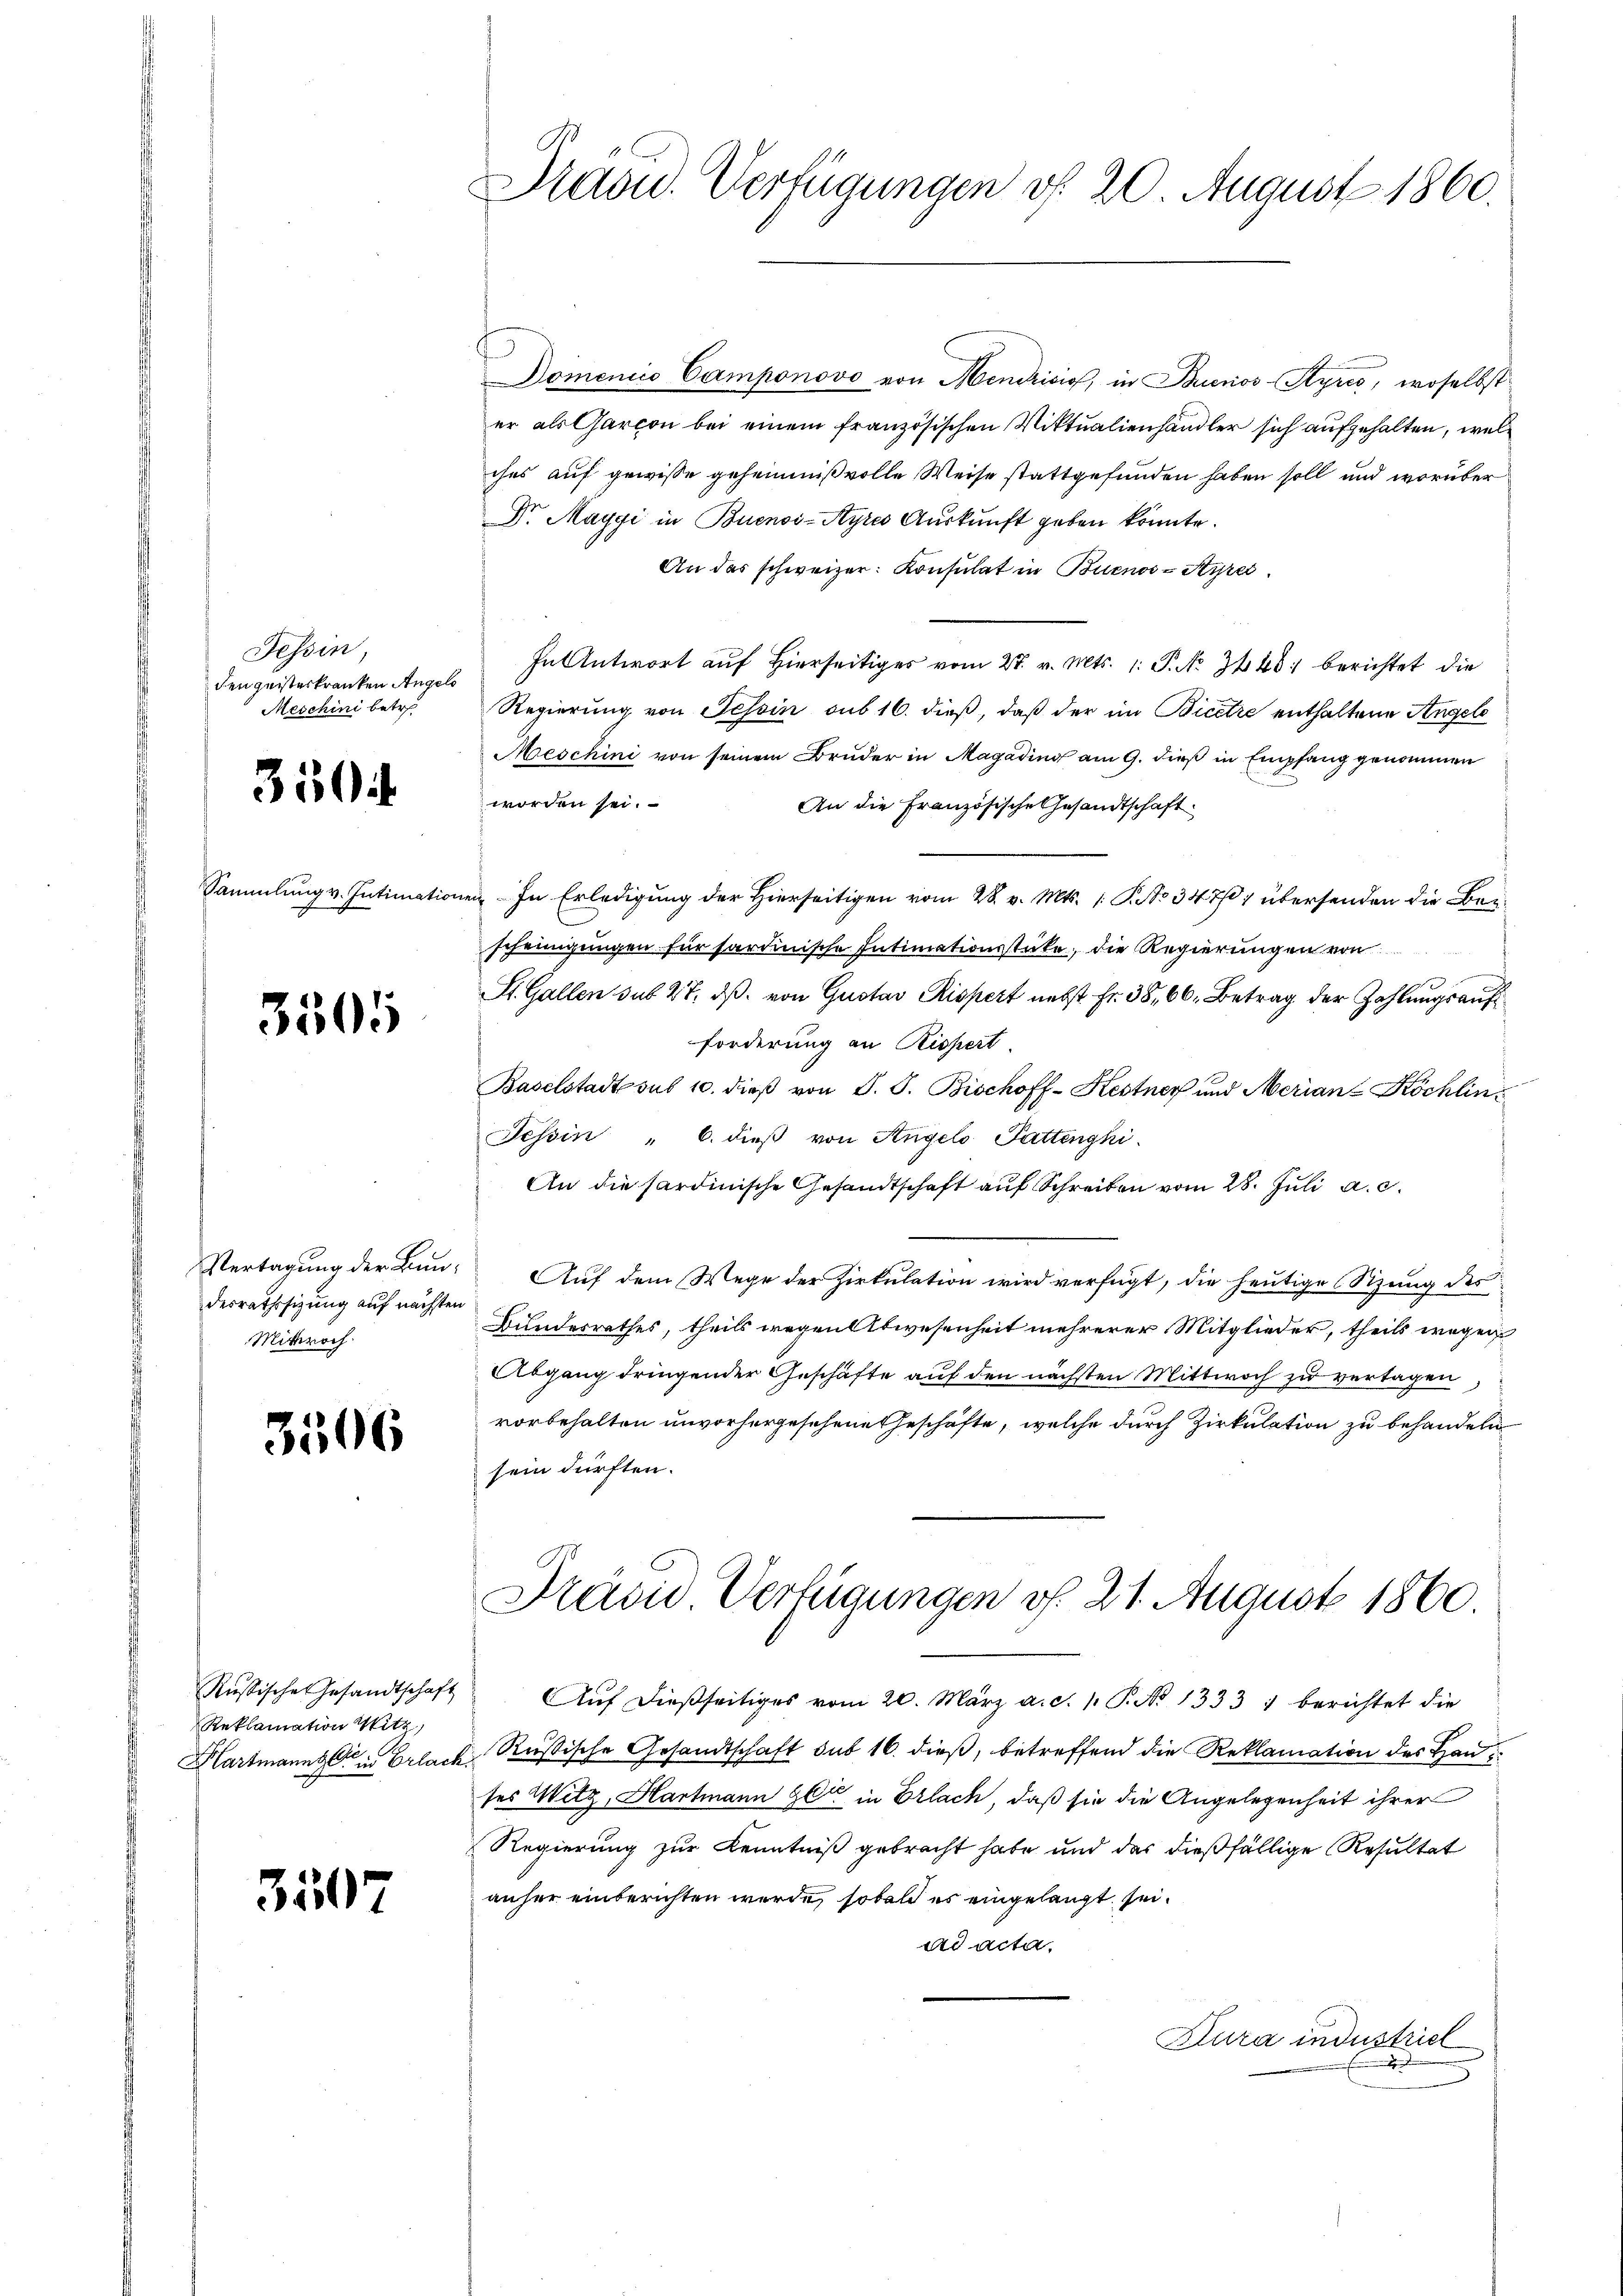
Tessin,
den geisteskranken Angelo
Meschini betr.

3504

3505

desrathssizung auf nächsten
Mittwoch

3506

Reklamation Witz,
Hartmann die Erlach

3507

Domenice Camponovo von Mendrisis, in Buenos-Ayres, woselbst
er als Garcon bei einem französischen Viktualienhändler sich aufgehalten, wel
ches auf gewisse geheimnißvolle Weise stattgefunden haben soll und worüber
Dr. Maygi in Buenos-Ayres Auskunft geben könnte.
An das schweizer: Konsulat in Buenos-Styre
In Antwort auf hierseitiges vom 27. v. Mts. 1. P. No. 3440. berichtet die
Regierung von Tessin sub 16. dieß, daß der im Bicere enthaltene Angele
Meschini von seinem Bruder in Magading am 9. dieß in Empfang genommen
worden sei.
An die Französische Gesandtschaft
Sammlung v. Intimationen. In Erledigung der Hierseitigen vom 28. v. Mts. 1. P. No 347/07 übersenden die Beischeinigungen für hardinische Intimationsstücke, die Regierungen von
St. Gallen sub 27. dβ. von Gustav Rissert nebst Fr. 38, 66. Betrag der Zahlungsauf
forderung an Rispert.
Baselstadt sub 10. dieβ von J. J. Bischoff-Kestner und Merian-Köchlin¬
Tessin " 6. dieβ von Angelo Pattenghi
An die sardinische Gesandtschaft auf Schreiben vom 28. Juli a. c.
Vertagŭng der Bŭn- Aŭf dem Wege der Zirkŭlation wird verfügt, die heŭtige Sitzŭng des
Bundesrathes, theils wegen Abwesenheit mehrerer Mitglieder, theils wegen
Abgang dringender Geschäfte auf den nächsten Mittwoch zu vertagen,
vorbehalten unvorhergesehene Geschäfte, welche durch Zirkulation zu behandeln
sein dürften.

Präsid. Verfügungen d. 20 August 1860.

Präsid. Verfügungen v. 21. August 1860.

Rŭssische Gesandtschaft Aŭf dießseitiges vom 20. März a. c. 1. P. No 1333 1 berichtet die
u. Russische Gesandtschaft sub 16. dieß, betreffend die Reklamation des Hau
ses Witz, Hartmann Zeit in Erlach, daß sie die Angelegenheit ihrer
Regierung zur Kenntniß gebracht habe und das dießfällige Resultat
anher einberichten werde, sobald es eingelangt sei.
ad acta
Kura industriel
.